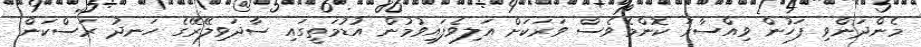
މެންދަންވި ފަހުން ވިއްސާރަ ކޮންމެވެސް ވަރަކަށް އަލިވެފައިވުމުން އުޑުމަތީގައި ސާދަވިލޭޭރޭގެ ހަނދު ރަސްކަން